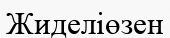
Жиделіөзен